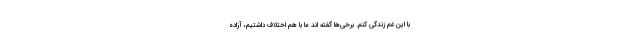
با این غم زندگی کنم. برخی‌ها گفته اند ما با هم اختلاف داشتیم، آزاده